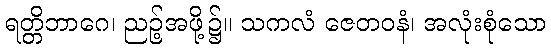
ရတ္တိဘာဂေ၊ ညဉ့်အဖို့၌။ သကလံ ဇေတဝနံ၊ အလုံးစုံသော